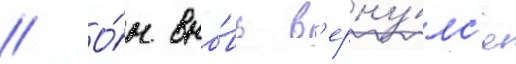
// О́н вно́вь в'ерну́лс'я